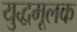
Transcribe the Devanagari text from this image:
युद्धमूलक